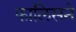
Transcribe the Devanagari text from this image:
कालिसने